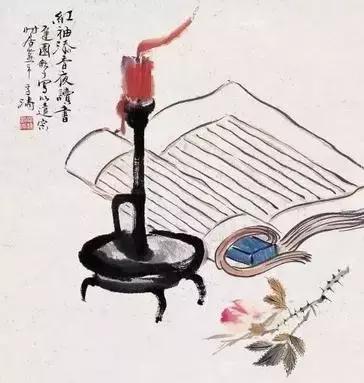
十有九人堪白眼，百无用是书生。